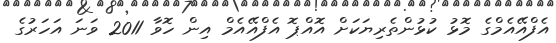
އެފްއޭއެމްގެ މޮޅު ކުޅުންތެރިޔަކަށް އޮއްޕޮ އެފްއޭއެމް އިން ހޮވާ 2011 ވަނަ އަހަރުގެ